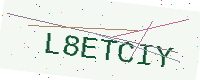
Text: L8ETCIY